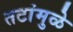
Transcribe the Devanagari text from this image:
तटांमुळे